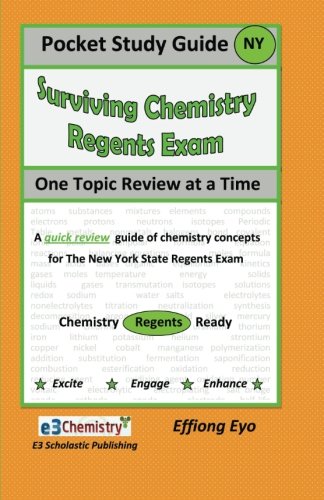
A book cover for Pocket Study Guide Surviving Chemistry Regents Exam: One Topic review at a Time (Orange Cover); Effiong Eyo; Test Preparation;